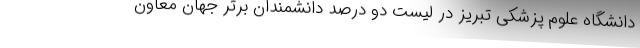
دانشگاه علوم پزشکی تبریز در لیست دو درصد دانشمندان برتر جهان معاون